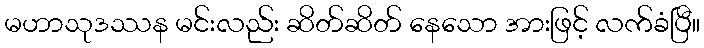
မဟာသုဒဿန မင်းလည်း ဆိတ်ဆိတ် နေသော အားဖြင့် လက်ခံပြီ။